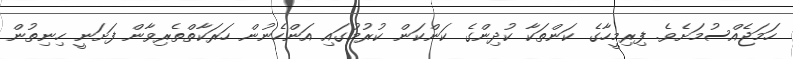
ހަމަޖެއްސުމަށެވެ. ފިރިމީހާގެ ކަންތަކާ ކުދިންގެ ކަންކަން ކުރުމުގައި އަންހެނުން ހަރަކާތްތެރިވާން ފަށަނީ ހިނިތުން